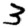
Digit: 3